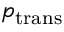
p _ { \mathrm { t r a n s } }